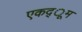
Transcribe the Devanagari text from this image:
एकद्ूम